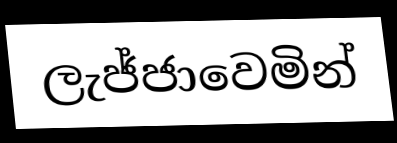
ලැජ්ජාවෙමින්